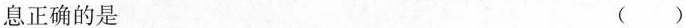
息正确的是 ()